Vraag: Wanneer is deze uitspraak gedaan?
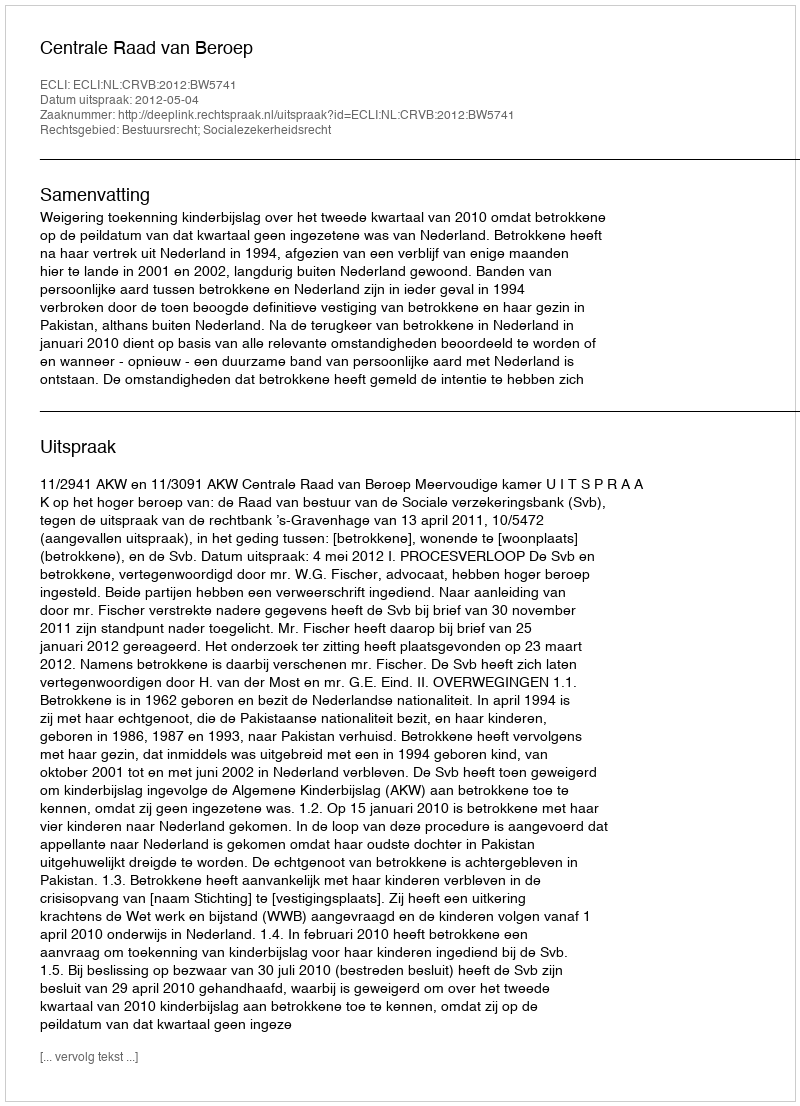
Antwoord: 2012-05-04